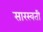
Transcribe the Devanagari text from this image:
सारस्वती